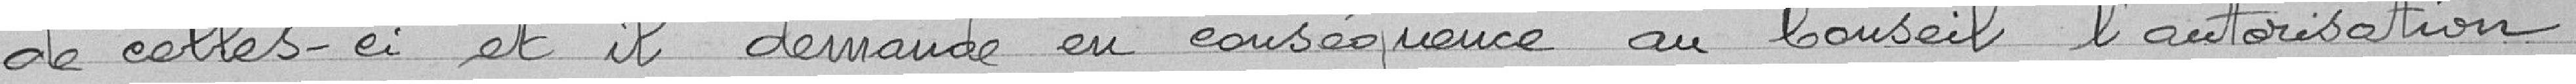
de celles-ci et il demande en conséquence au Conseil l'autorisation